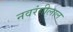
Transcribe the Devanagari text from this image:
नवरंगीलाल